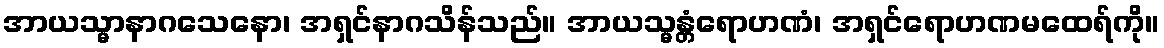
အာယသ္မာနာဂသေနော၊ အရှင်နာဂသိန်သည်။ အာယသ္မန္တံရောဟဏံ၊ အရှင်ရောဟဏမထေရ်ကို။